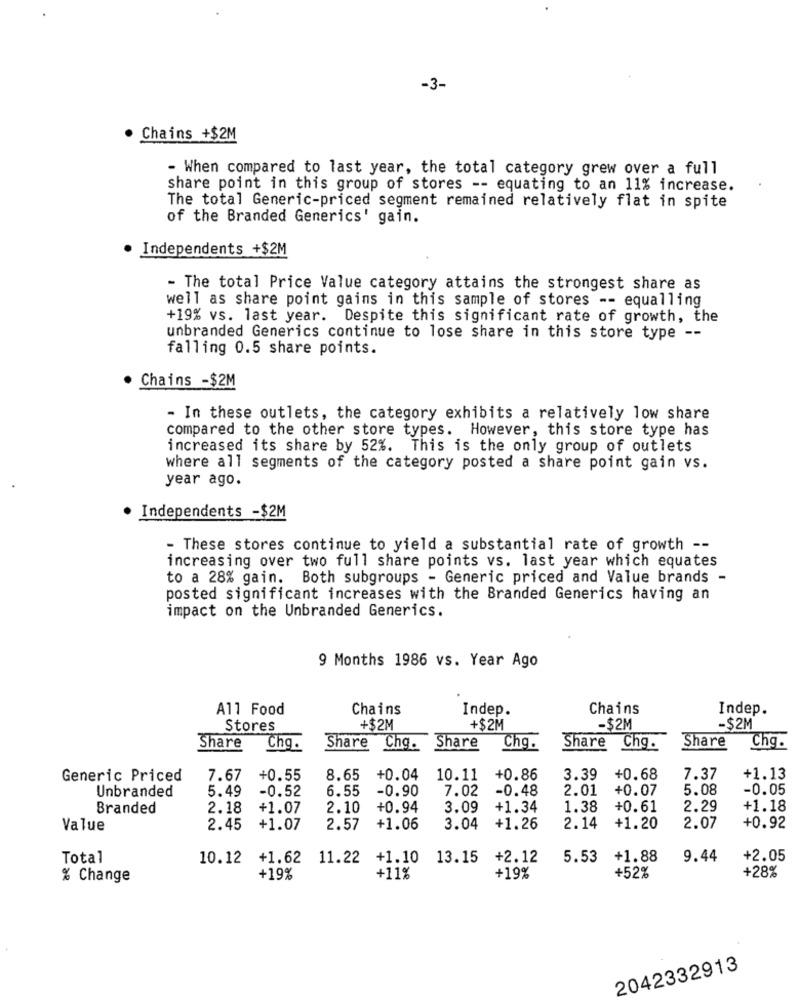
-3-
Chains +$2M
- When compared to last year, the total category grew over a full
share point in this group of stores -- equating to an 11% increase.
The total Generic-priced segment remained relatively flat in spite
of the Branded Generics' gain.
Independents +$2M
- The total Price Value category attains the strongest share as
well as share point gains in this sample of stores -- equalling
+19% vs. last year. Despite this significant rate of growth, the
unbranded Generics continue to lose share in this store type --
falling 0.5 share points.
Chains -$2M
- In these outlets, the category exhibits a relatively low share
compared to the other store types. However, this store type has
increased its share by 52%. This is the only group of outlets
where all segments of the category posted a share point gain vs.
year ago.
Independents -$2M
- These stores continue to yield a substantial rate of growth --
increasing over two full share points vs. last year which equates
to a 28% gain. Both subgroups - Generic priced and Value brands -
posted significant increases with the Branded Generics having an
impact on the Unbranded Generics.
9 Months 1986 vs. Year Ago
All Food
Chains
Indep.
Chains
Indep.
Stores
+$2M
+$2M
-$2M
-$2M
Share
Share
Chg.
Share Chg.
Share
Chg.
Share Chg.
Chg.
Generic Priced
7.67
+0.55
8.65
+0.04
10.11
+0.86
3.39
+0.68
7.37
+1.13
5.49
-0.52
6.55
-0.90
7.02
-0.48
2.01
+0.07
5.08
-0.05
Unbranded
Branded
2.18
+1.07
2.10
+0.94
3.09
+1.34
1.38
+0.61
2.29
+1.18
2.14
Value
2.45
+1.07
2.57
+1.06
3.04
+1.26
+1.20
2.07
+0.92
Total
10.12
+1.62 11.22
+1.10
13.15
+2.12
5.53
+1.88
9.44
+2.05
+52%
+28%
% Change
+19%
+11%
+19%
2042332913